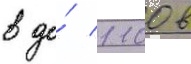
в до́ 1100 в